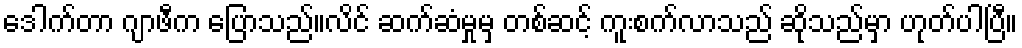
ဒေါက်တာ ဂျာဖီက ပြောသည်။လိင် ဆက်ဆံမှုမှ တစ်ဆင့် ကူးစက်လာသည် ဆိုသည်မှာ ဟုတ်ပါပြီ။